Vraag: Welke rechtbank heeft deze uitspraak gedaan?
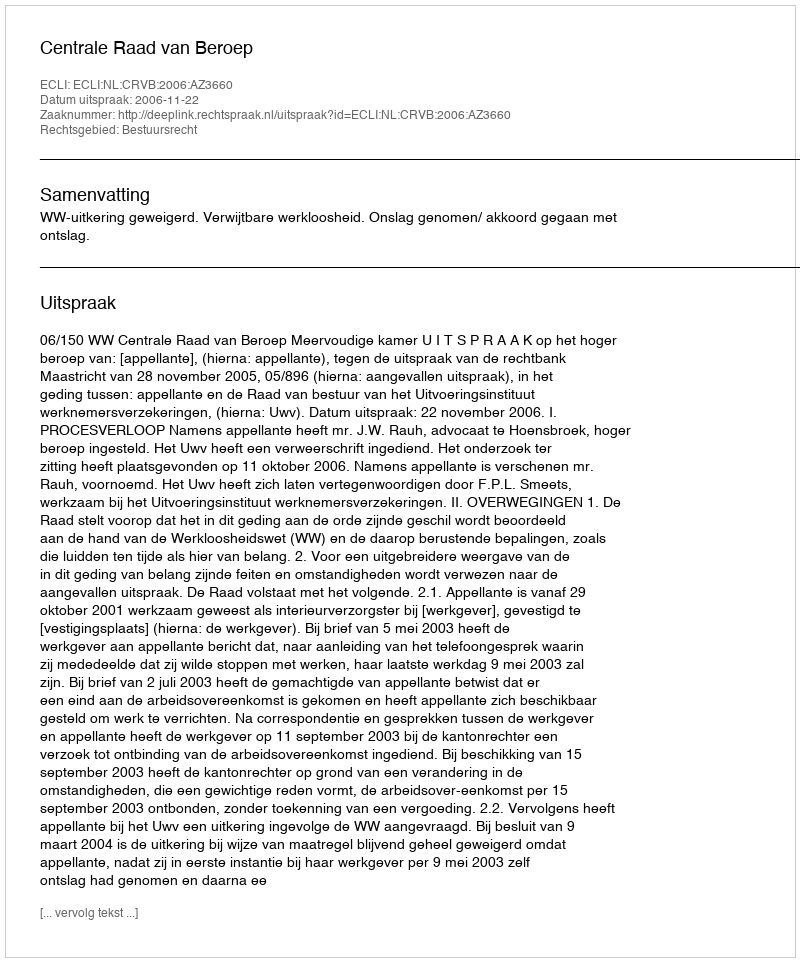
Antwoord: Centrale Raad van Beroep